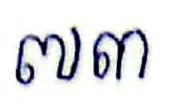
៧៣